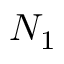
N _ { 1 }